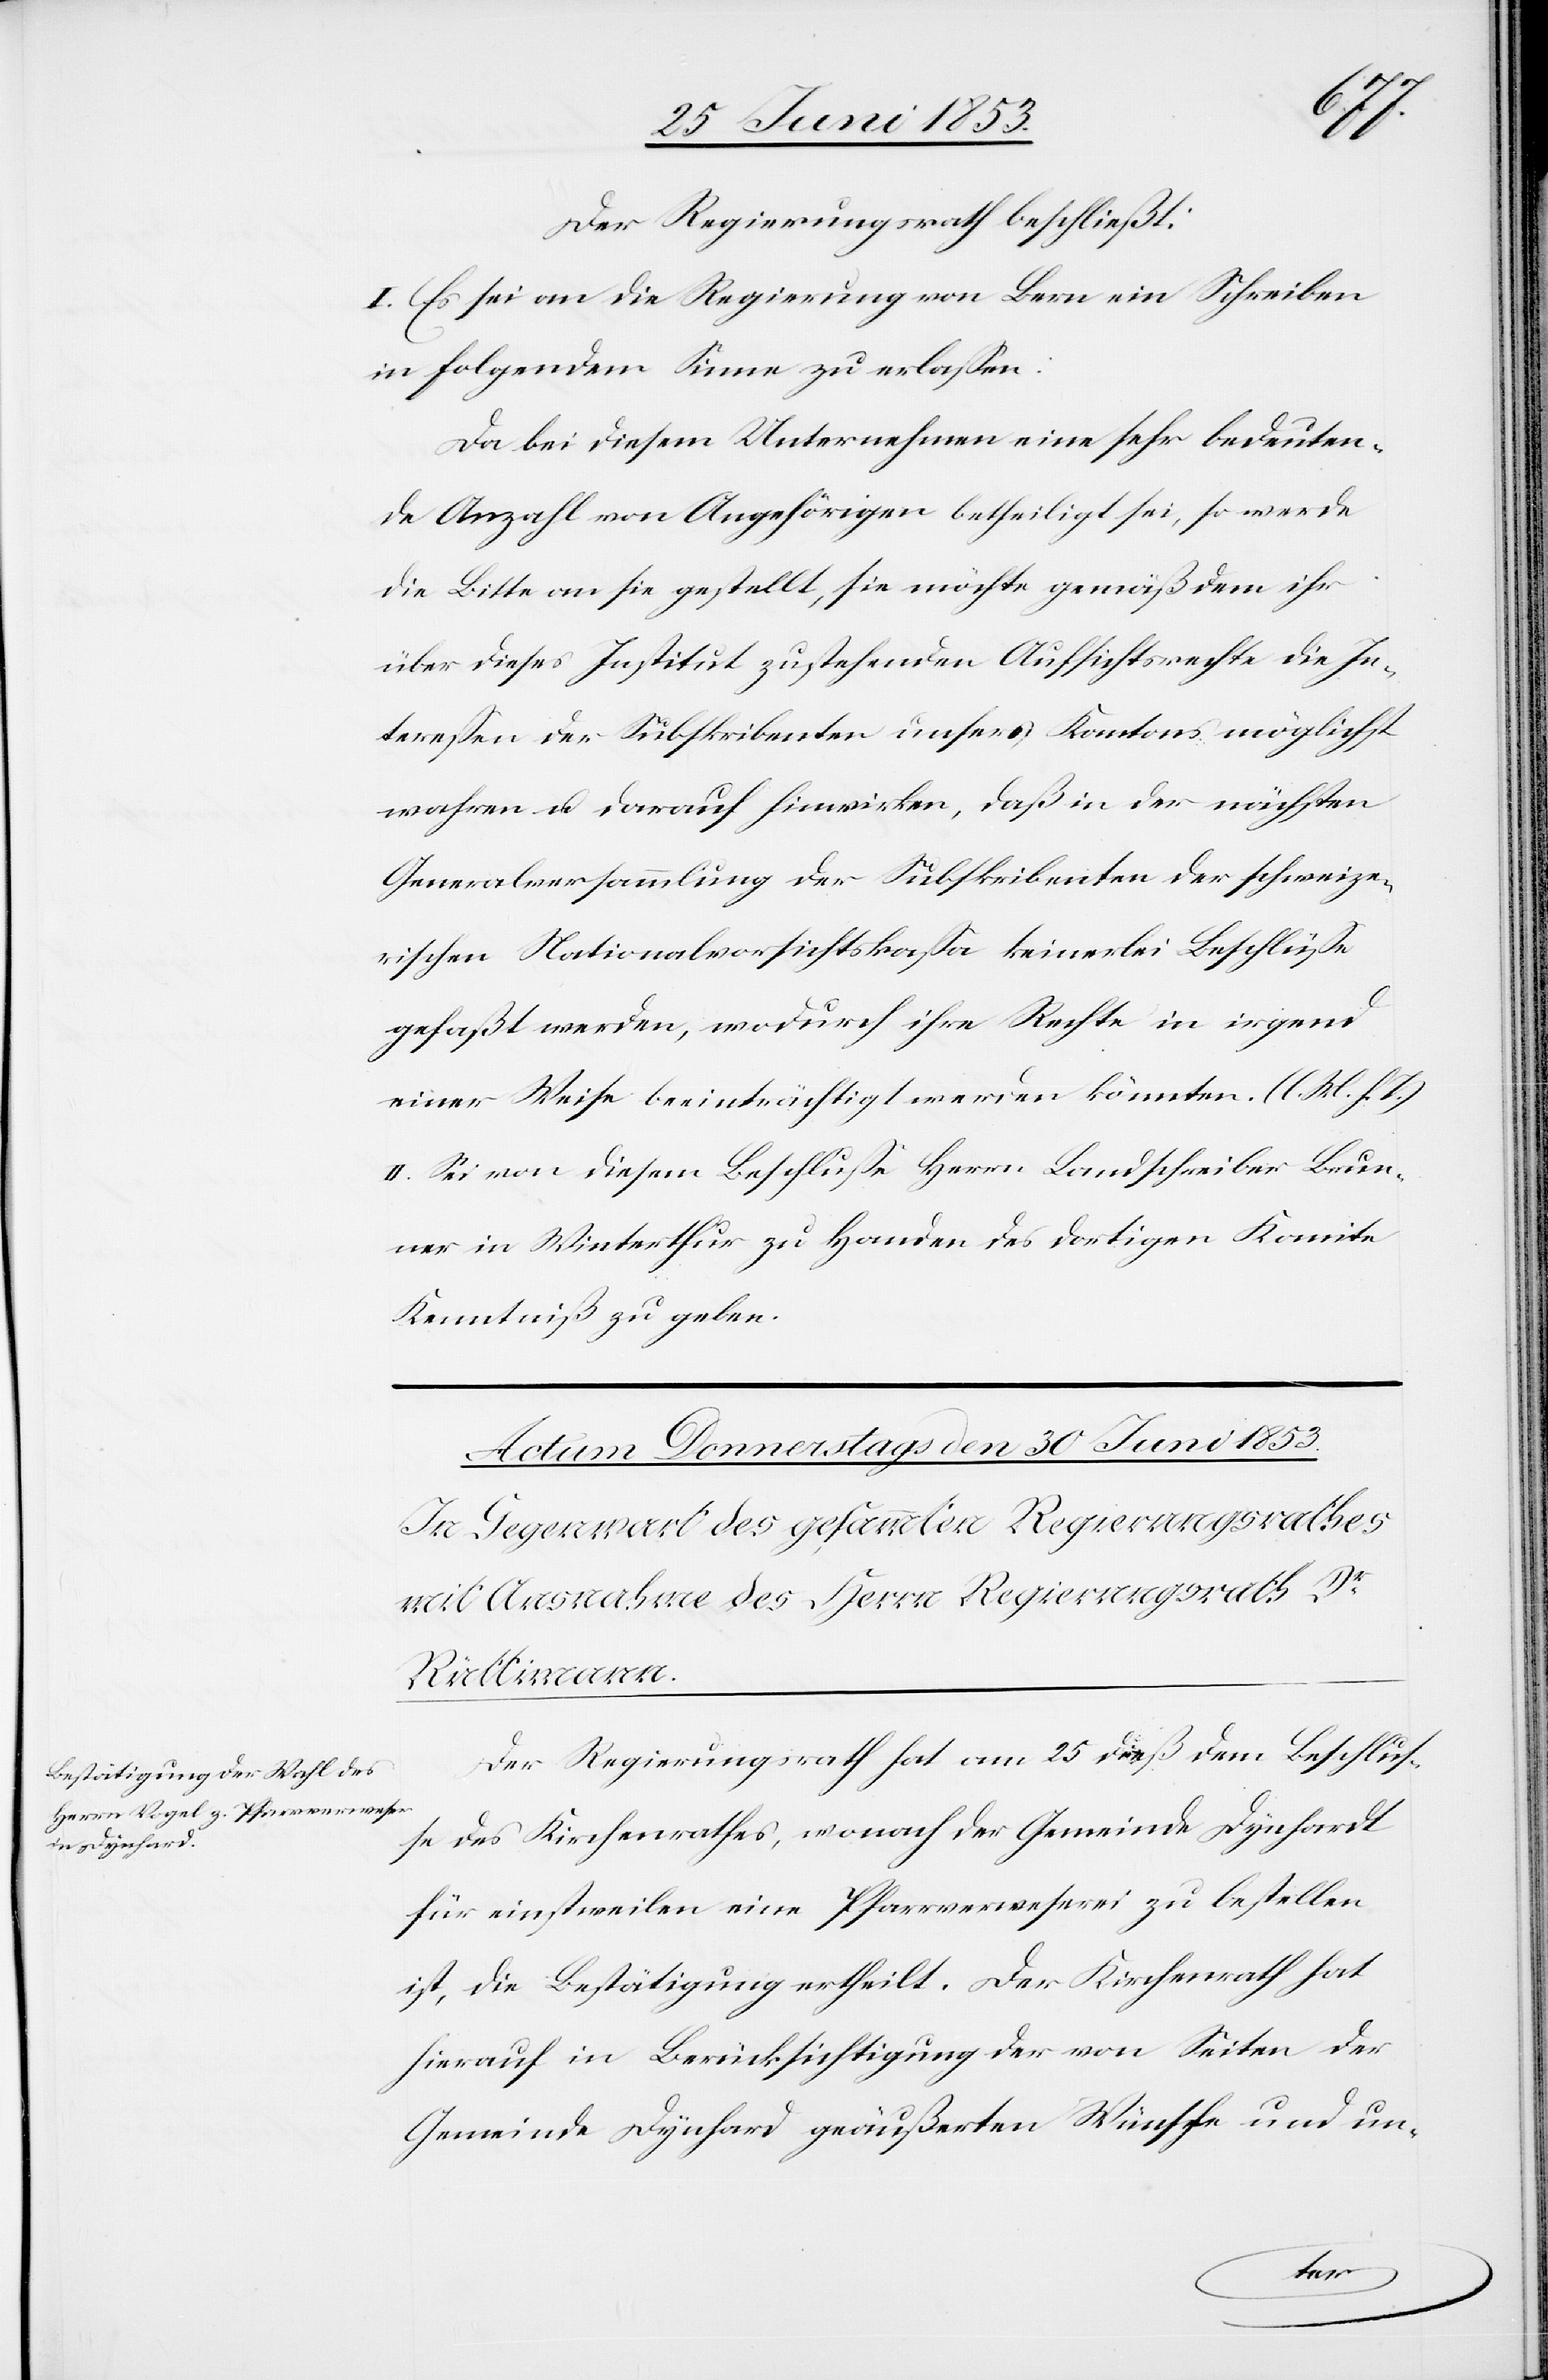
Der Regierungsrath beschließt:
I. Es sei an die Regierung von Bern ein Schreiben
in folgendem Sinne erlaßen:
Da bei diesem Unternehmen eine sehr bedeuten¬
de Anzahl von Angehörigen betheiligt sei, so werde
die Bitte an sie gestellt, sie möchte gemäß dem ihr
über dieses Institut zustehenden Aufsichtsrechte die In¬
tereßen der Subskribenten unsers Kantons möglichst
wahren u. darauf hinwirken, daß in der nächsten
Generalversammlung der Subskribenten der schweize¬
rischen Nationalvorsichtskaßa keinerlei Beschlüße
gefaßt werden, wodurch ihre Rechte in irgend
einer Weise beeinträchtigt werden könnte. [l. M. h. T]
II. Sei von diesem Beschluße Herrn Landschreiber Brun¬
ner in Winterthur zu Handen des dortigen Komite
Kenntniß zu geben.
Der Regierungsrath hat am 25 dieß dem Beschluß¬
e des Kirchenrathes, wonach der Gemeinde Dynhardt
für einstweilen eine Pfarrverweserei zu bestellen
ist, die Bestätigung ertheilt. Der Kirchenrath hat
hierauf in Berücksichtigung der von Seiten der
Gemeinde Dynhard geäußerten Wünsche und un-